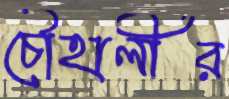
চৌহালীর